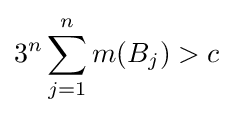
3^{n}\sum _{j=1}^{n}m(B_{j})>c